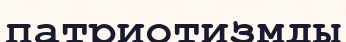
патриотизмды